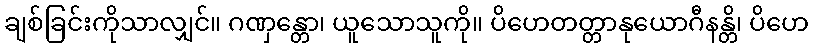
ချစ်ခြင်းကိုသာလျှင်။ ဂဏှန္တော၊ ယူသောသူကို။ ပိဟေတတ္တာနုယောဂီနန္တိ၊ ပိဟေ